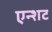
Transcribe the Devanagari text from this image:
एन्शट